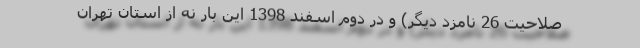
صلاحیت 26 نامزد دیگر) و در دوم اسفند 1398 این بار نه از استان تهران